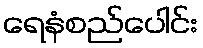
ရေနံစည်ပေါင်း